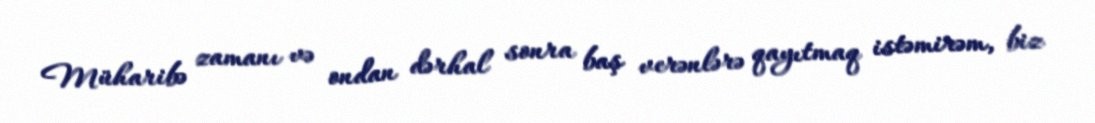
Müharibə zamanı və ondan dərhal sonra baş verənlərə qayıtmaq istəmirəm, biz